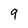
Character: 9